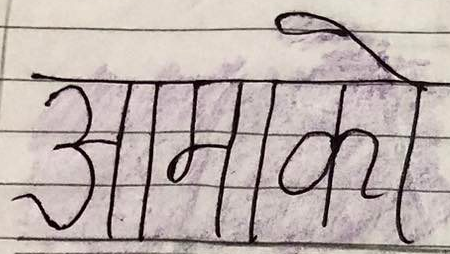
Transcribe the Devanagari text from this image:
आमाको